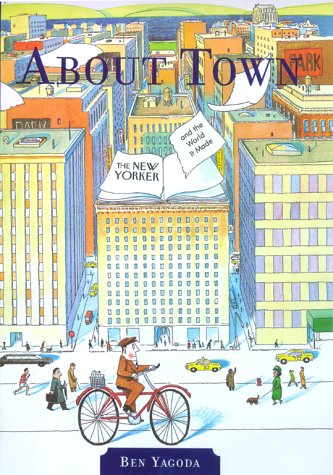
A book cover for About Town: The New Yorker and The World It Made (First Edition); Ben Yagoda; Humor & Entertainment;